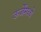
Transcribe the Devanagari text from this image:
ऊर्जेमध्ये